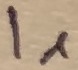
Text: I1